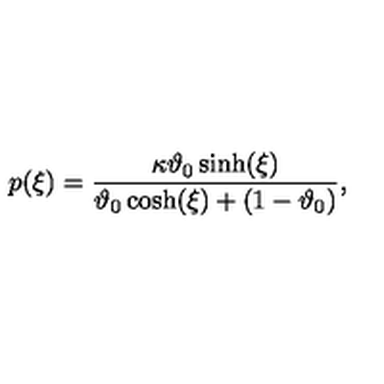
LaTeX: p ( \xi ) = \frac { \kappa \vartheta _ { 0 } \sinh ( \xi ) } { \vartheta _ { 0 } \cosh ( \xi ) + ( 1 - \vartheta _ { 0 } ) } ,